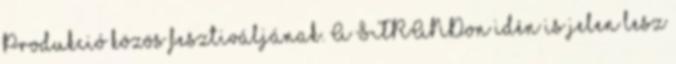
Produkció közös fesztiváljának. A STRANDon idén is jelen lesz